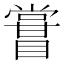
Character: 𥋤